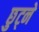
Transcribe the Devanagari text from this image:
छुट्ने